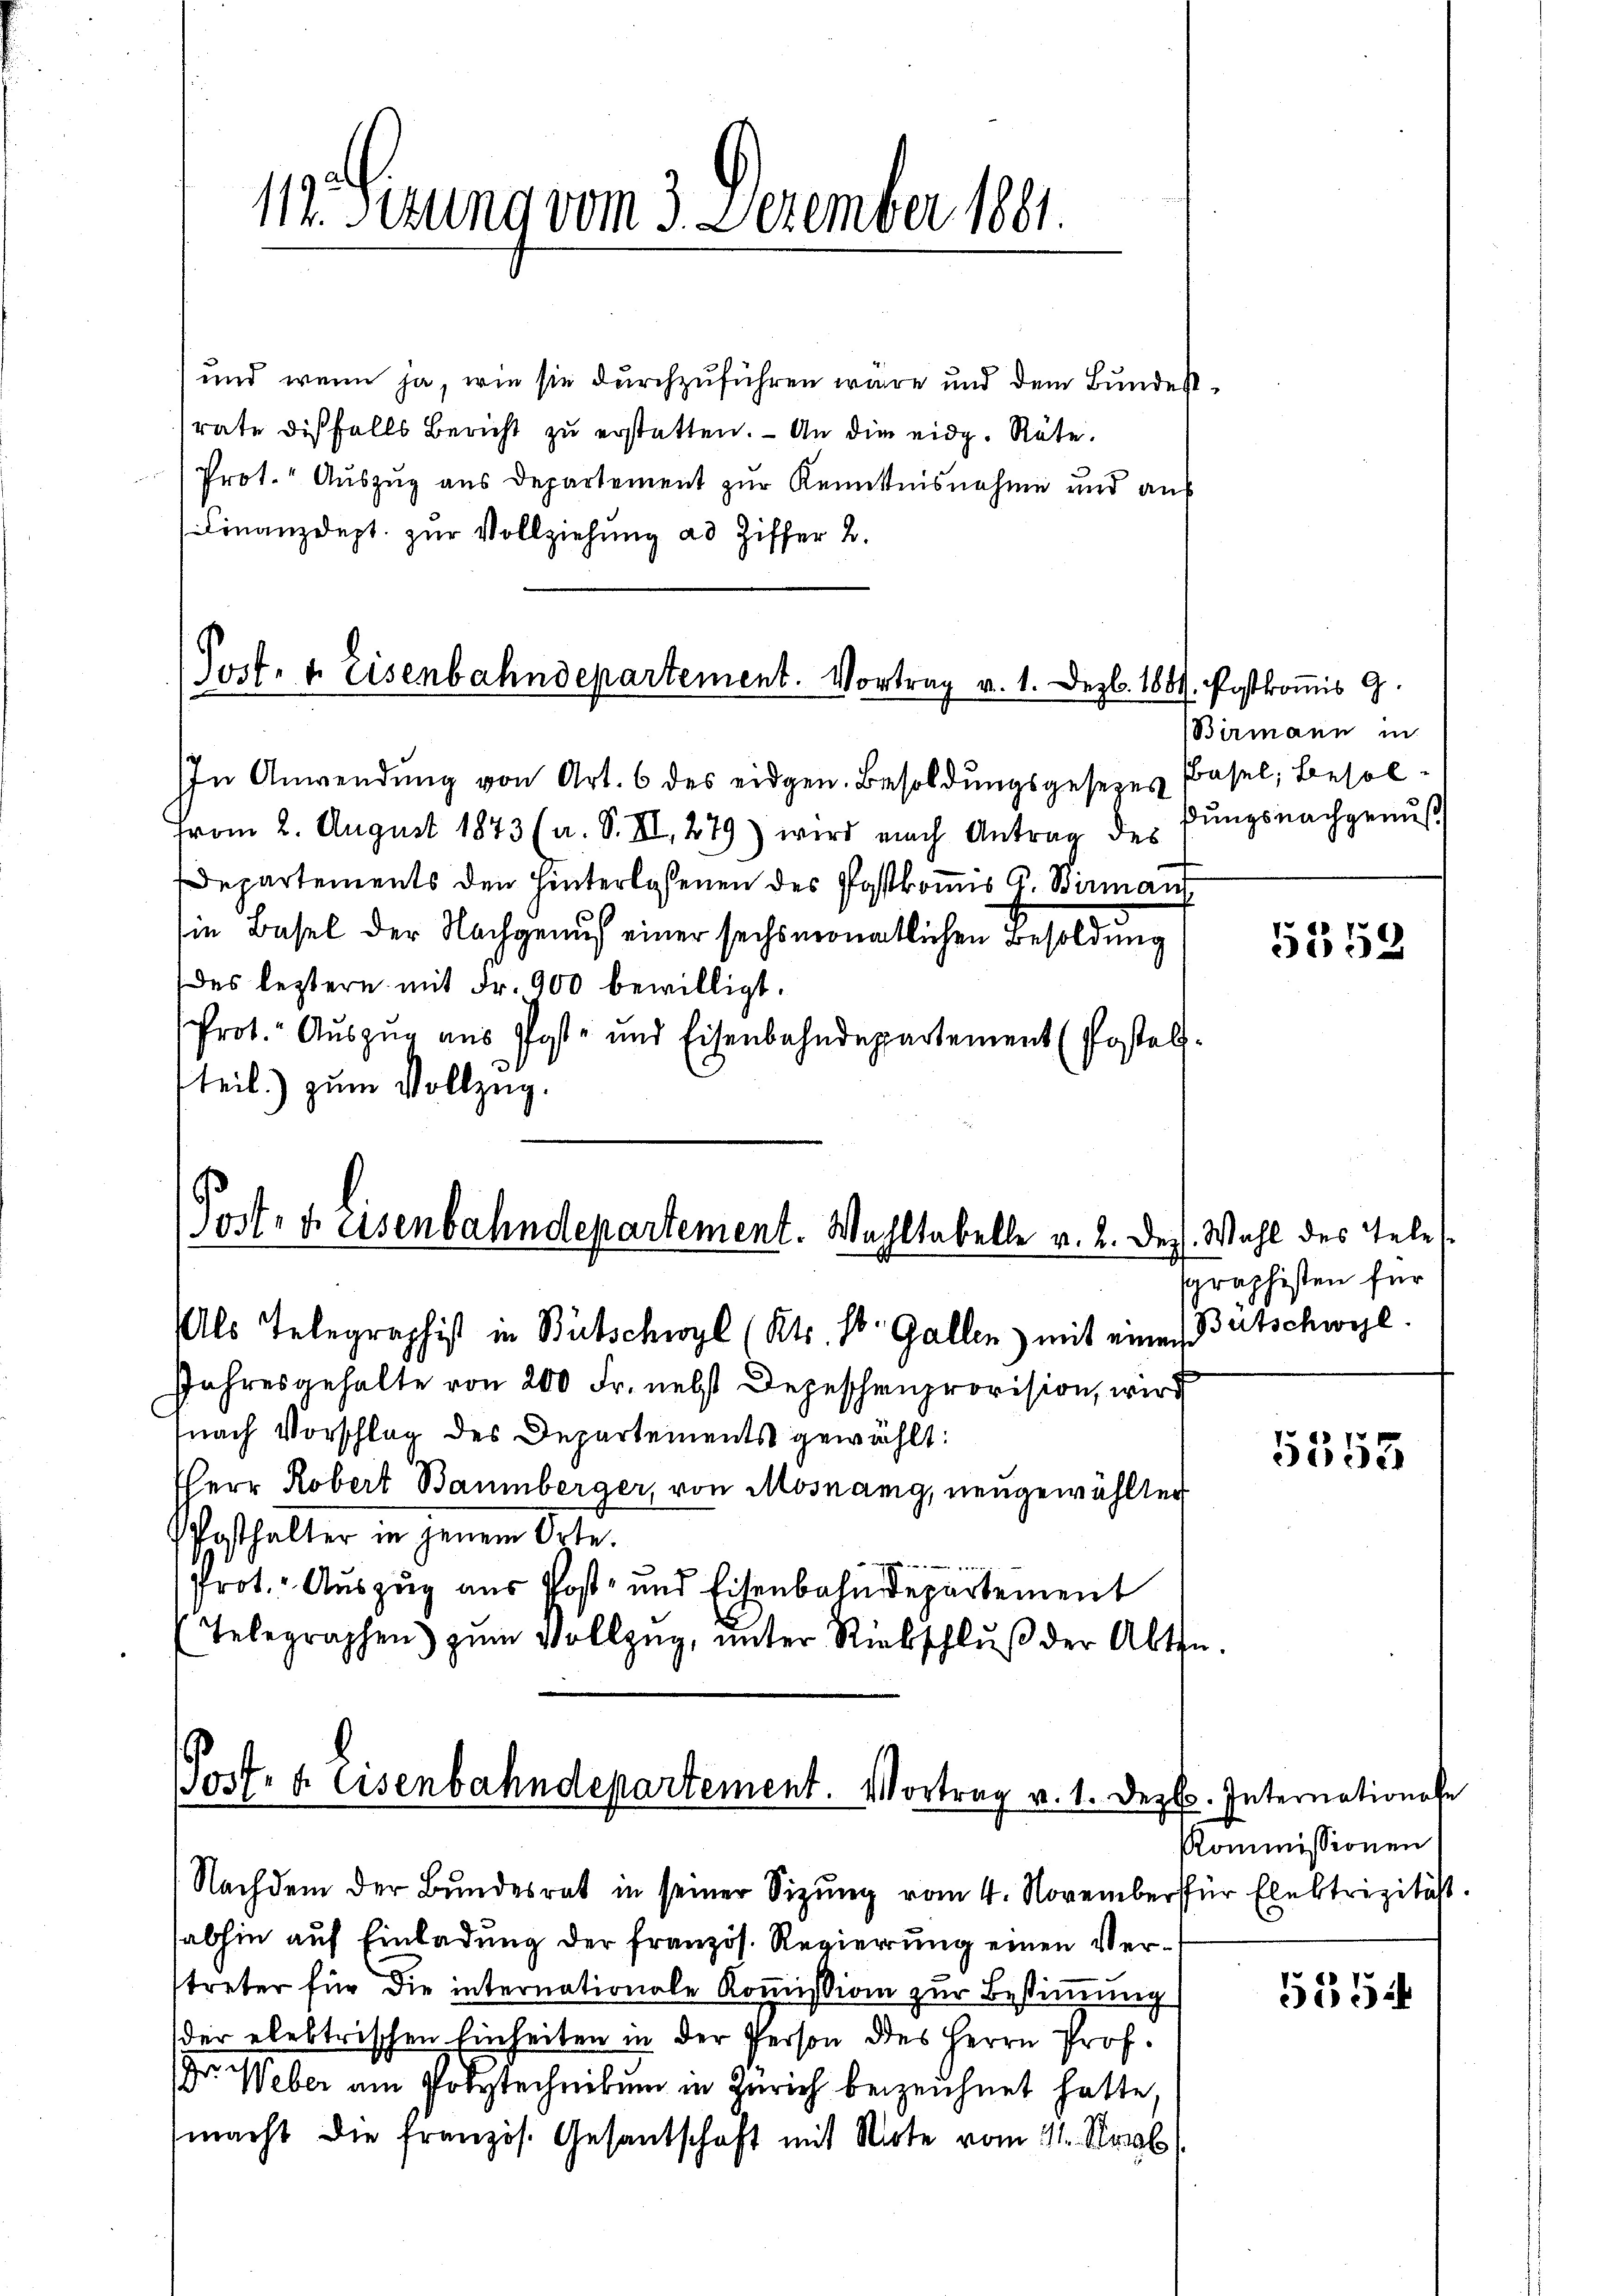
und wenn ja, wie sie durchzuführen wäre und dem Bundestrate diesfalls Bericht zu erstatten. - An die eidg. Räte.
Prot. Auszug aus Departement zur Kenntnisnahme und auf
Finanzdept. zur Vollziehung ad Ziffer 2.

112. Sezung vom 3. Dezember 1891.

Jost. v. Eisenbahndepartement. Vortrag v. 1. Dez. 1884. Postkomis 9.

In Anwendung von Art. 6 des eidgen. Besoldungsgesezes Basel, Besolvom 2. August 1873 (a. S. III, 279) wird nach Antrag des Kŭngsnachgenŭβ
Departements den Hinterlassenen des Postkomis G. Birmann
in Basel der Nachgenus einer sechsmonatlichen Besoldung
des leztern mit Fr. 900 bewilligt.
Prot. Auszug aus Post- und Eisenbahndepartement (Postel
tteil) zum Vollzug.

Post- u. eisenbahndepartement. Wahltabelle v. 2. Dez. Wahl des Tele
Als Telegraphist in Bütschwyl (Kts. St. Gallen) mit einen Bertschwyzl.

Jahresgehalte von 200 Fr. nebst Depeschenprovision, wird
nach Vorschlag des Departements gewählt:
HHerr Robert Baumberger, von Mosnang, neugewählter
Posthalter in jenem Orte.
gs
Prot. Auszug aus Post- und Eisenbahndepartement
Telegraphen zŭm Vollzug, unter Riebschlŭβ der Abthe

Post- u. Eisenbahndepartement. Vortrag v. 1. Dez.

Nachdem der Bundesrat in seiner Sizung vom 4. November für Elektrizität.
abhin auf Einladung der französ. Regierung einen Verstreter für die internationale Kommission zur Bestimmung
der elektrischen Einheiten in der Person des Herrn Prof.
Dr. Weber am Polytechnikum in Zürich bezeichnet hatte,
macht die französ. Gesandschaft mit Note vom 11. Novb

Birmann in

5552

graphisten für

5353

3. Internationale
Kommissionen

5154